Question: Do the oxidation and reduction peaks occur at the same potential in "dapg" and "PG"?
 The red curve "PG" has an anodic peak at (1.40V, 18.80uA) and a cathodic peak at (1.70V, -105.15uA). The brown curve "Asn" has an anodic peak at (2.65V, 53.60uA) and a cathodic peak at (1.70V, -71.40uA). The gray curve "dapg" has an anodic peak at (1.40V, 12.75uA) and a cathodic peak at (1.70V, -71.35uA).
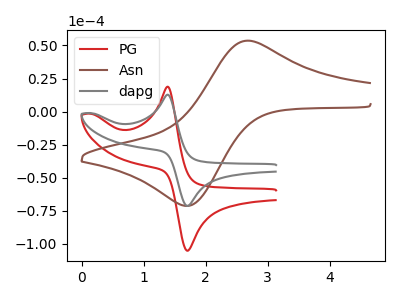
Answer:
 <answer>Yes, "dapg" have a peak in "PG" at the same potential.</answer>
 <eval>match</eval>